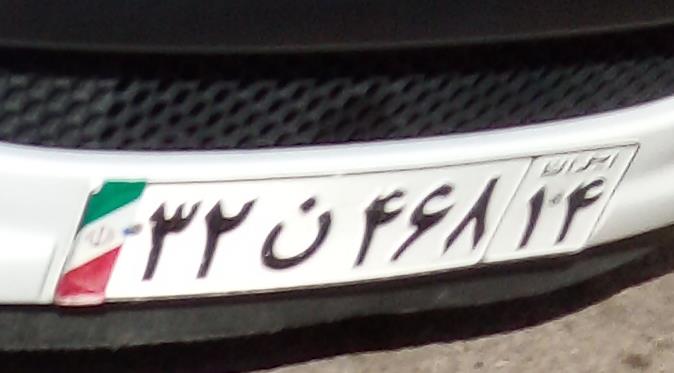
۳۲ن۴۶۸۱۴